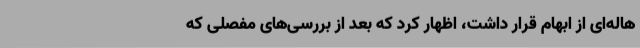
هاله‌ای از ابهام قرار داشت، اظهار کرد که بعد از بررسی‌های مفصلی که